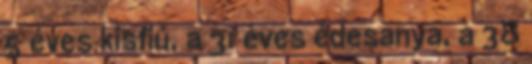
5 éves kisfiú, a 31 éves édesanya, a 38